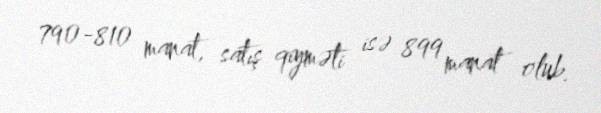
790-810 manat, satış qiyməti isə 899 manat olub.